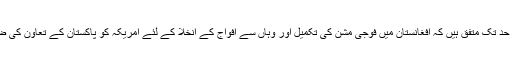
ماہرین کسی حد تک متفق ہیں کہ افغانستان میں فوجی مشن کی تکمیل اور وہاں سے افواج کے انخلا کے لئے امریکہ کو پاکستان کے تعاون کی ضرورت ہے۔